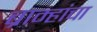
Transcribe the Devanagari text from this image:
ब्राम्हांचा